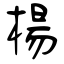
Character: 楊